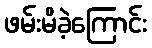
ဖမ်းမိခဲ့ကြောင်း